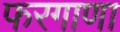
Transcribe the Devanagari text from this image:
फरगाणा